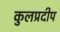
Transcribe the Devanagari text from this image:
कुलप्रदीप